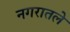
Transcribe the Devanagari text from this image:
नगरातले